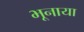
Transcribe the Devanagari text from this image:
भूनाया